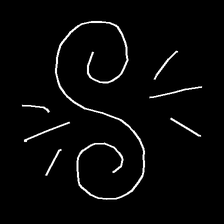
Glyph: wind-directs-air